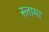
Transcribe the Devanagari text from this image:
स्लामा